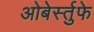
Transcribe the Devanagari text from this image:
ओबेर्स्तुफे